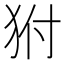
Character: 𤝔